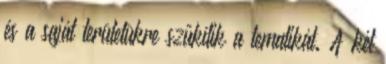
és a saját területükre szűkítik a tematikát. A két